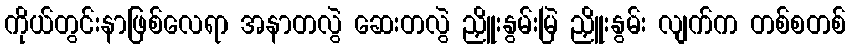
ကိုယ်တွင်းနာဖြစ်လေရာ အနာတလွဲ ဆေးတလွဲ ညှိူးနွမ်းမြဲ ညှိူးနွမ်း လျက်က တစ်စတစ်